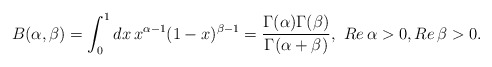
\begin{align*}B(\alpha,\beta)=\int_{0}^{1} dx\, x^{\alpha-1}(1-x)^{\beta-1}=\frac{\Gamma(\alpha)\Gamma(\beta) }{\Gamma(\alpha+\beta) }, \,\, Re\,\alpha>0,Re\,\beta>0.\end{align*}